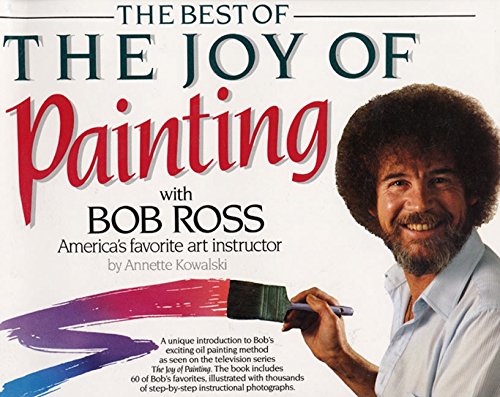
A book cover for Best of the Joy of Painting; Robert H. Ross; Arts & Photography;